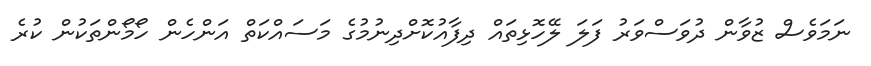
ނަމަވެސް ޒުވާން ދުވަސްވަރު ފަލަ ލޭހޮޅިތައް ދިފާއުކޮށްދިނުމުގެ މަސައްކަތް އަންހެން ހޯމޯންތަކުން ކުރެ